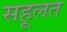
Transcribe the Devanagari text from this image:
सहूलत